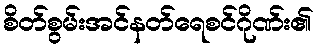
စိတ်စွမ်းအင်နတ်ရေစင်ဂိုဏ်း၏